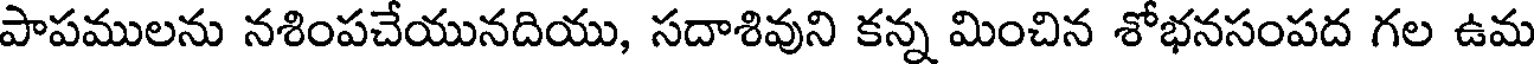
పాపములను నశింపచేయునదియు, సదాశివుని కన్న మించిన శోభనసంపద గల ఉమ